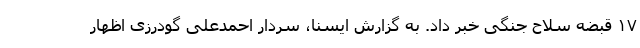
۱۷ قبضه سلاح جنگی خبر داد. به گزارش ایسنا، سردار احمدعلی گودرزی اظهار